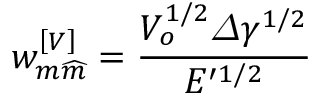
w _ { m \widehat { m } } ^ { \left[ V \right] } = \frac { V _ { o } ^ { 1 / 2 } \varDelta \gamma ^ { 1 / 2 } } { E ^ { \prime 1 / 2 } }